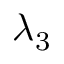
\lambda _ { 3 }